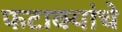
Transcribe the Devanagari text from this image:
फटाक्यांचे